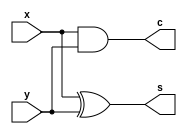
module Half_Adder(x,y,s,c);
input x,y;
output s,c;


assign s=x^y;
assign c=x&y;
endmodule